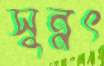
সুন্নৎ